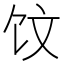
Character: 𲋢